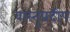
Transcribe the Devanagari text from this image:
वास्तुप्रदीप